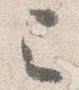
已